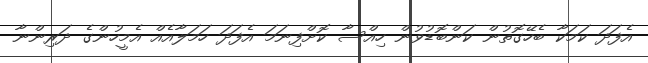
އެފަދަ ކަމަކާ ބެހޭގޮތުން ކަންބޮޑުވުން ހިއްސާ ކޮށްފިނަމަ އެފަދަ ހަމަލާއެއް އެމީހުންގެ ދަރިންނާ